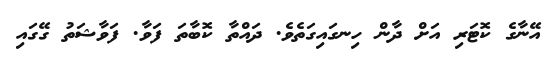
އޭނާގެ ކޮޓަރި އަށް ދާން ހިނގައިގަތެވެ. ދައްތާ ކޮބާތަ ފަވާ. ފަވާޝަތު ގޭގައި